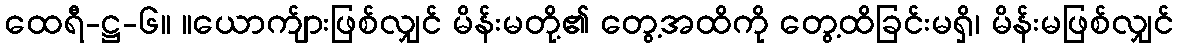
ထေရီ-ဋ္ဌ-၆။ ။ယောက်ျားဖြစ်လျှင် မိန်းမတို့၏ တွေ့အထိကို တွေ့ထိခြင်းမရှိ၊ မိန်းမဖြစ်လျှင်